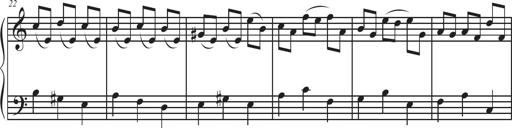
Title: Sonatina Espania
Composer: Jerald Franklin Archer
Key: Various